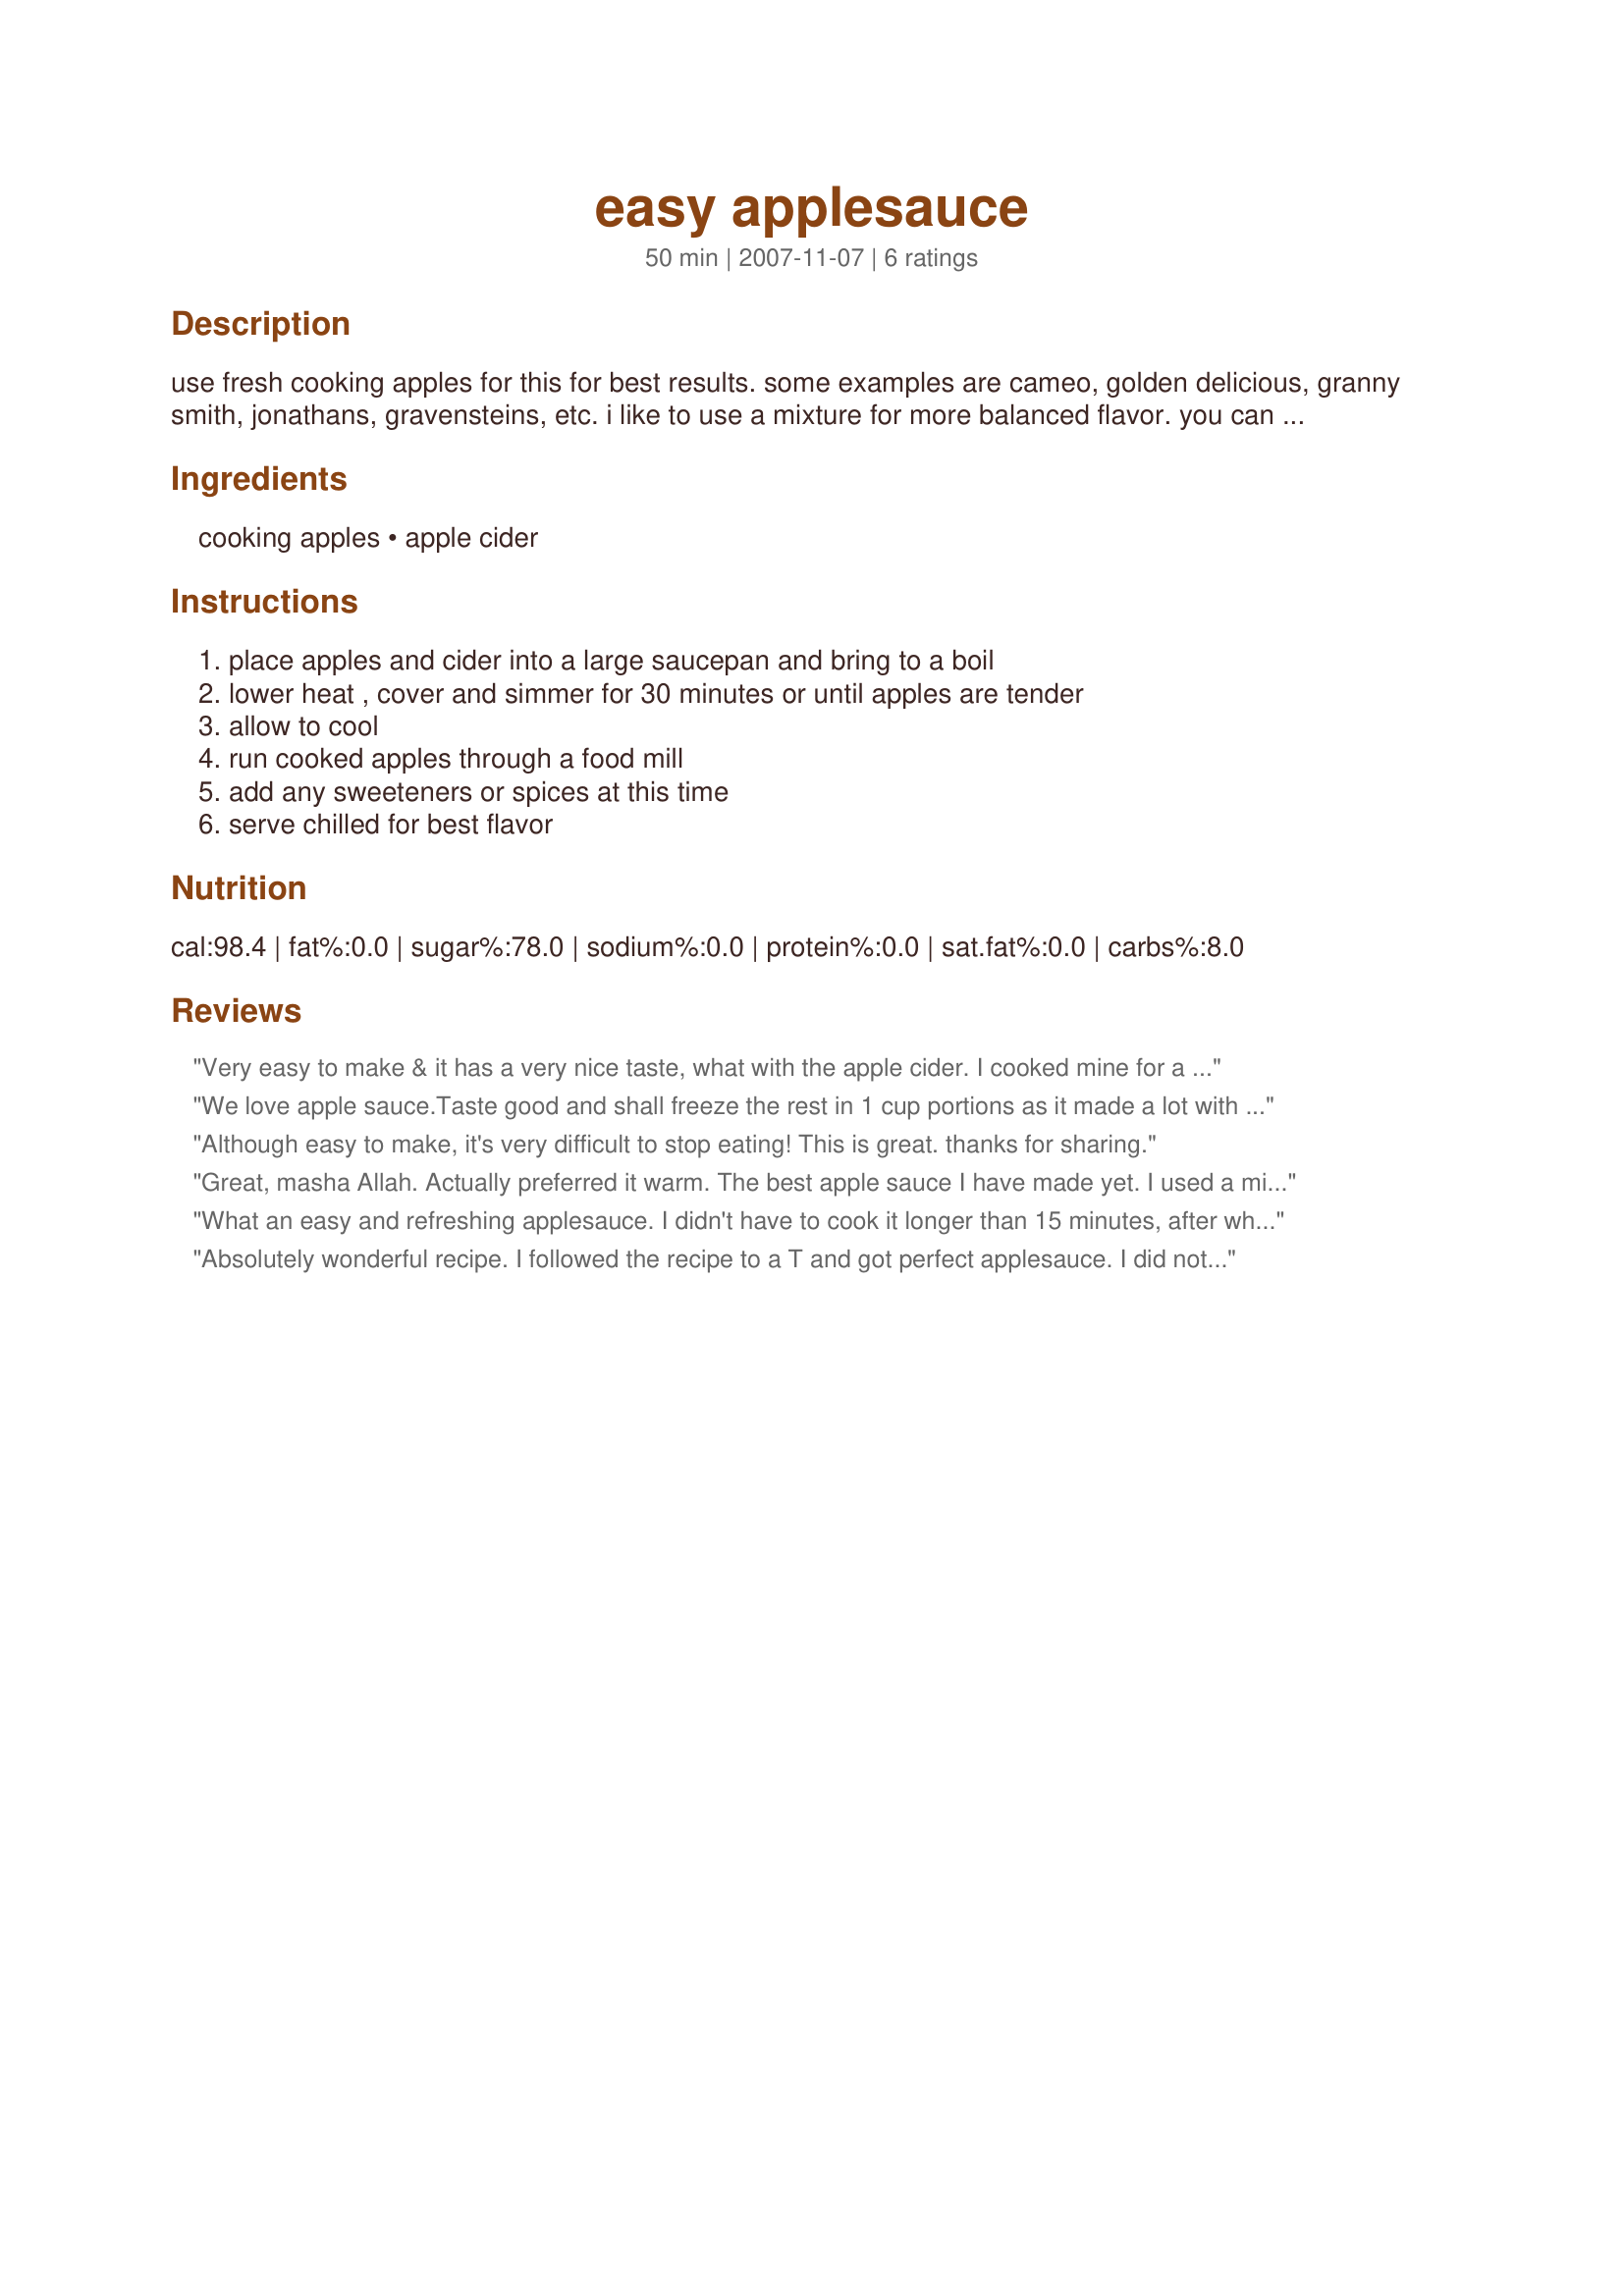
easy applesauce
Preparation time: 50 minutes

use fresh cooking apples for this for best results. some examples are cameo, golden delicious, granny smith, jonathans, gravensteins, etc. i like to use a mixture for more balanced flavor. you can add sweeteners and spices of your choice to this, but taste it first. the cider does add some sweetness and some apple varieties are more naturally sweet. tnt

Ingredients:
cooking apples, apple cider

Steps:
place apples and cider into a large saucepan and bring to a boil, lower heat , cover and simmer for 30 minutes or until apples are tender, allow to cool, run cooked apples through a food mill, add any sweeteners or spices at this time, serve chilled for best flavor

Reviews:
Very easy to make & it has a very nice taste, what with the apple cider. I cooked mine for a little over 20 minutes & was happy enough with that after I cooled them down a bit & partially mashed the apples, leaving a somewhat chunky applesauce! We really enjoy homemade applesauce, & thank you, Sue, for sharing your recipe! [Tagged, made & reviewed in Comfort Cafe under my theme, "Sassy Cider Sauces"]
We love apple sauce.Taste good and shall freeze the rest in 1 cup portions as it made a lot with my left over apples.
Although easy to make, it's very difficult to stop eating! This is great. thanks for sharing.
Great, masha Allah. Actually preferred it warm. The best apple sauce I have made yet. I used a mixture of mostly Macintosh and some Spartan apples (I think). I am eating it warm, chunky (how I like it) out of the pot, no sweetener needed! I also cooked this for less time than stated leaving the pot covered when they were just about cooked taking it off the burner. I will keep this recipe on hand!!
What an easy and refreshing applesauce. I didn't have to cook it longer than 15 minutes, after which I just covered with a lid, removed from heat and let cool for about 1/2 hr. I used half Granny Smith and half Cameo apples. Three of each and they were a good size apple. I also just mashed them with a potato masher and it worked out great. I got a little over 2 quarts and the texture looks almost identical to your picture!
Absolutely wonderful recipe. I followed the recipe to a T and got perfect applesauce. I did not need sweetner - and only sprinkled a bit of cinnamon on some for myself (personal preference). The family loved it and I sent this to my SIL who was just looking for a good recipe to make some applesauce for Christmas dinner. PERFECT! ;) **Made for Beverage Tag 2007*
